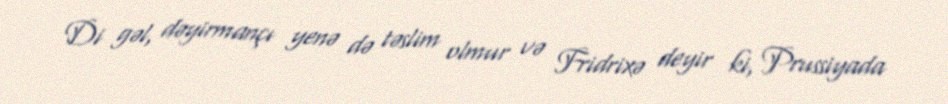
Di gəl, dəyirmançı yenə də təslim olmur və Fridrixə deyir ki, Prussiyada